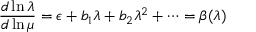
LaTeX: \frac { d \ln \lambda } { d \ln \mu } = \epsilon + b _ { 1 } \lambda + b _ { 2 } \lambda ^ { 2 } + \dots = \beta ( \lambda )